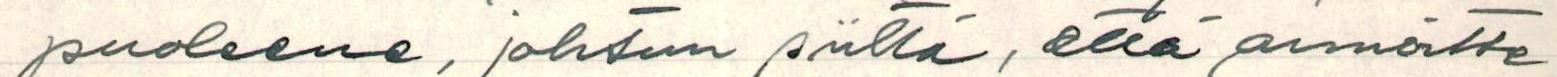
puoleene, johtuu siittä, että annoitte